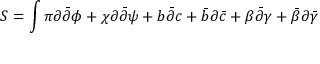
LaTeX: S = \int \pi \partial { \bar { \partial } } \phi + \chi \partial { \bar { \partial } } \psi + b { \bar { \partial } } c + { \bar { b } } \partial { \bar { c } } + \beta { \bar { \partial } } \gamma + { \bar { \beta } } \partial { \bar { \gamma } }